system: You are a helpful assistant.
user:
Analyze the provided spectrum to determine if it is a **"Cataclysmic Variables (CV)"**.

- **Key Indicators for CV (Check for either state):**
    - **State 1: Quiescent / Low-State (Emission-Dominated)**
        - **(Primary):** Strong and *very broad* Hydrogen Balmer emission lines (e.g., $H\alpha$ at 6563 Å, $H\beta$ at 4861 Å). The 'broadness' (high velocity dispersion, often FWHM > 1000 km/s) is the key diagnostic, indicating a high-velocity accretion disk.
        - **(Secondary):** Broad neutral Helium (He I) emission lines (e.g., 5876 Å, 6678 Å).
        - **(Key Confirmation):** Presence of high-excitation *ionized* Helium (He II) emission at 4686 Å. This is a strong indicator of accretion onto a white dwarf.
        - **(Line Profile):** Emission lines may exhibit a 'double-peaked' profile, which is a classic signature of a rotating accretion disk viewed at high inclination.

    - **State 2: Outburst / High-State (Absorption-Dominated)**
        - **(Primary):** Spectrum is dominated by a bright, blue continuum (looks like a hot star).
        - **(Secondary):** The emission lines from State 1 are weak, absent, or 'filled in', and are replaced by broad, shallow *absorption* lines (primarily Balmer and He I).
        - **(Morphology):** The overall spectrum mimics a hot B/A-type star. The crucial difference is that the absorption lines are significantly broader, shallower, and more 'washed-out' (or 'smeared') than the sharp lines of a normal stellar photosphere, due to high rotational speeds and pressure broadening in the disk.

Think first, call **spectral_visualization_tool** if needed to examine features in detail, then provide your final answer. Your response must adhere to the following strict rules:
1.  **Overall Structure:** Your response must follow the format `<think>...</think> <tool_call>...</tool_call> (if a tool is used) <answer>...</answer>`.
2.  **Tool Usage Constraint:** You may only make **one** tool call per turn.
3.  **Final Answer Format:** In the `<answer>` tag, your conclusion must be inside a `\boxed{}` command (e.g., `\boxed{YES}`), followed by your justification.

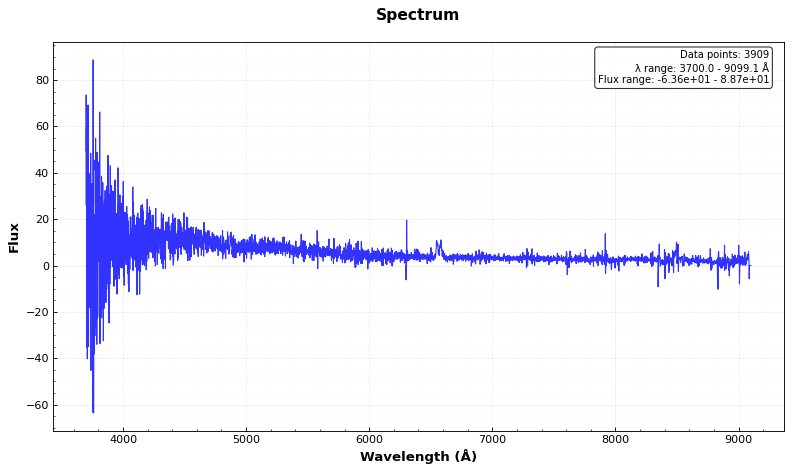
Answer: YES